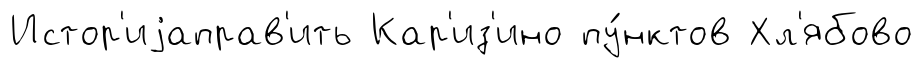
Истор'иjаправ'ить Кар'из'ино пу́нктов Хл'ябово